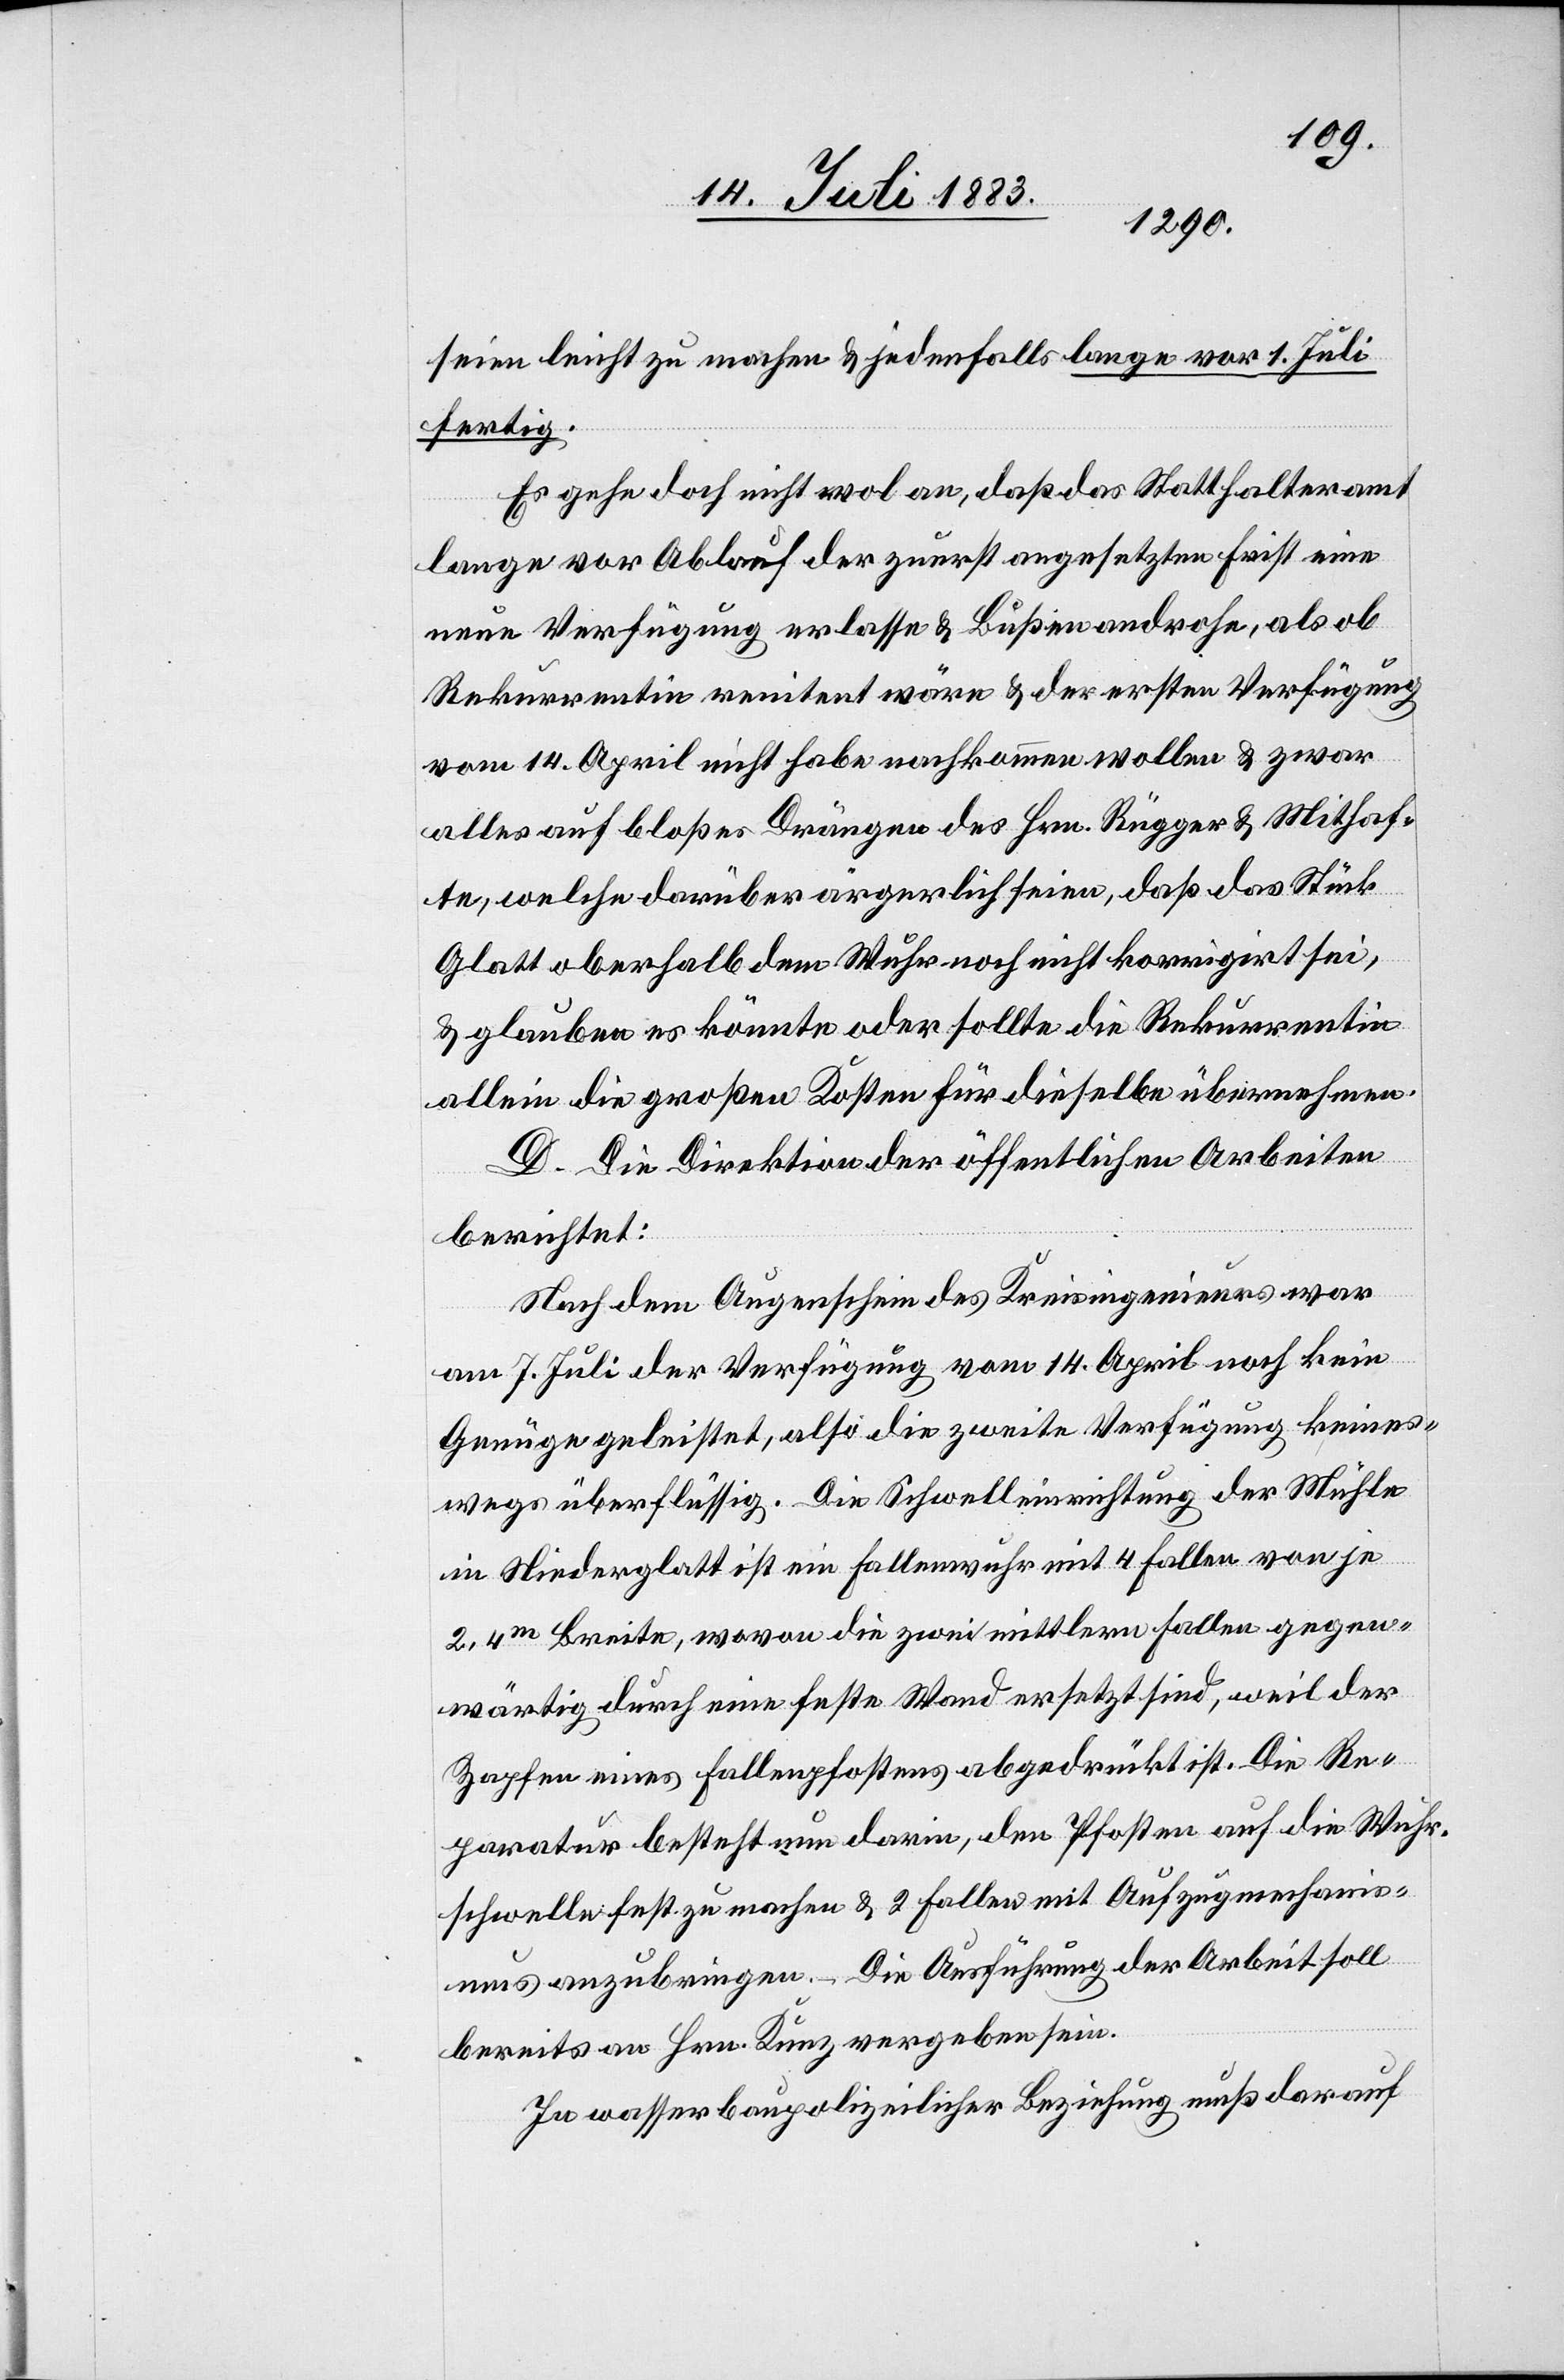
seien leicht zu machen & jedenfalls lange vor 1. Juli
fertig.
Es gehe doch nicht wol an, daß das Statthalteramt
lange vor Ablauf der zuerst angesetzten Frist eine
neue Verfügung erlasse & Bußen androhe, als ob
Rekurrentin renitent wäre & der ersten Verfügung
vom 14. April nicht habe nachkommen wollen & zwar
alles auf bloßes Drängen des Hrn. Rügger & Mithaf¬
te, welche darüber ärgerlich seien, daß das Stück
Glatt oberhalb dem Wuhr noch nicht korrigirt sei,
& glauben es könnte oder sollte die Rekurrentin
allein die großen Kosten für dieselbe übernehmen.
D. Die Direktion der öffentlichen Arbeiten
berichtet:
Nach dem Augenschein des Kreisingenieurs war
am 7. Juli der Verfügung vom 14. April noch keine
Genüge geleistet, also die zweite Verfügung keines¬
wegs überflüssig. Die Schwelleinrichtung der Mühle
in Niederglatt ist ein Fallenwuhr mit 4 Fallen von je
2,4m Breite, wovon die zwei mittelern Fallen gegen¬
wärtig durch eine feste Wand ersetzt sind, weil der
Zapfen eines Fallenpfostens abgedrückt ist. Die Re¬
paratur besteht nun darin, den Pfosten auf die Wuhr¬
schwelle fest zu machen & 2 Fallen mit Aufzugsmechanism¬
us anzubringen. – Die Ausführung der Arbeit soll
bereits an Hrn. Kunz vergeben sein.
In wasserbaupolizeilicher Beziehung muß darauf